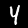
Label: 4